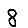
Digit: 8